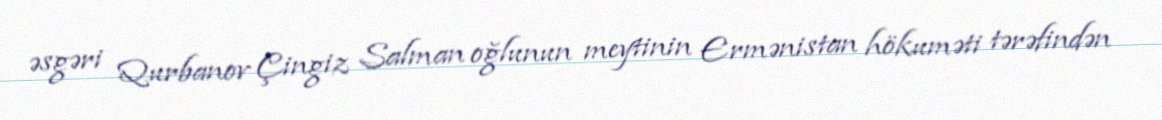
əsgəri Qurbanov Çingiz Salman oğlunun meytinin Ermənistan hökuməti tərəfindən